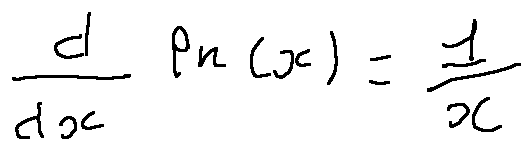
\frac { d } { d x } l n ( x ) = \frac { 1 } { x }